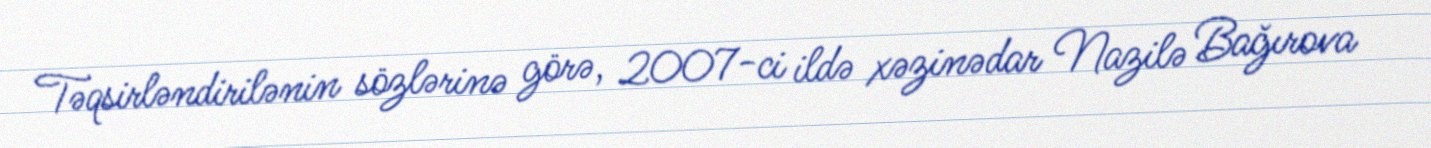
Təqsirləndirilənin sözlərinə görə, 2007-ci ildə xəzinədar Nazilə Bağırova